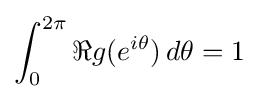
\int _{0}^{2\pi }\Re g(e^{i\theta })\,d\theta =1